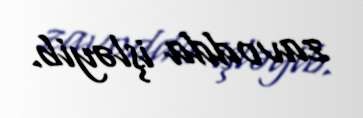
zavodda işləyib.